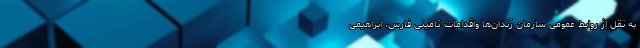
به نقل از روابط عمومی سازمان زندان‌ها واقدامات تامینی فارس، ابراهیمی